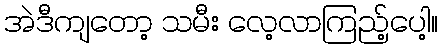
အဲဒီကျတော့ သမီး လေ့လာကြည့်ပေါ့။